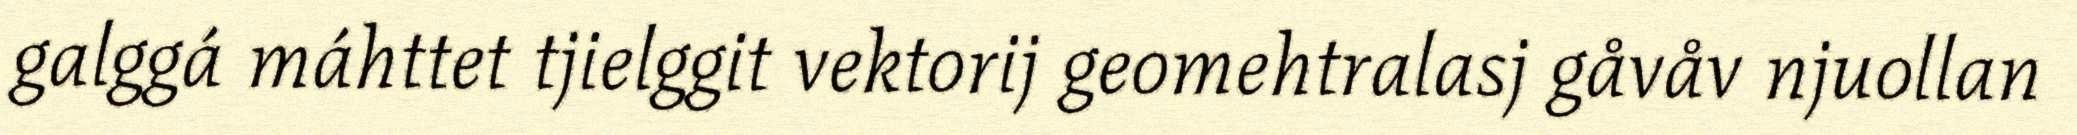
galggá máhttet tjielggit vektorij geomehtralasj gåvåv njuollan